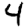
Digit: 4